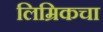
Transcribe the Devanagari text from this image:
लिम्रिकचा